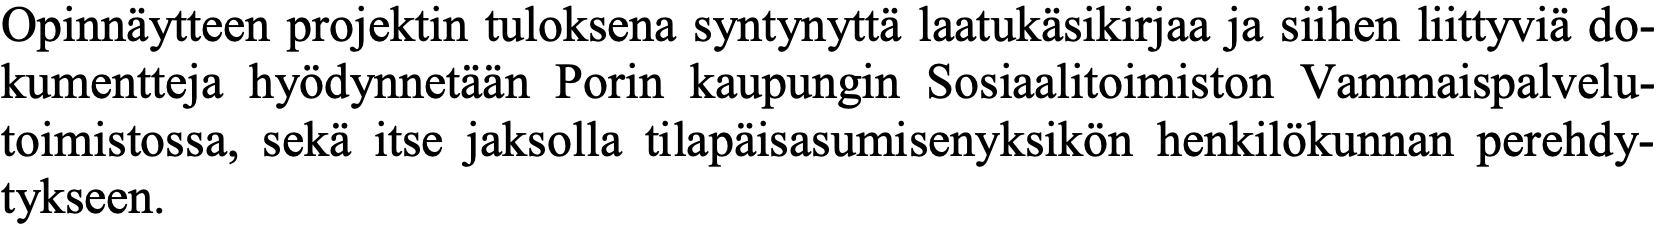
Opinnäytteen projektin tuloksena syntynyttä laatukäsikirjaa ja siihen liittyviä do- kumentteja hyödynnetään Porin kaupungin Sosiaalitoimiston Vammaispalvelu- toimistossa, sekä itse jaksolla tilapäisasumisenyksikön henkilökunnan perehdy- tykseen.